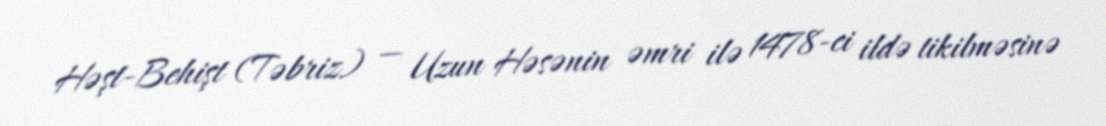
Həşt-Behişt (Təbriz) — Uzun Həsənin əmri ilə 1478-ci ildə tikilməsinə